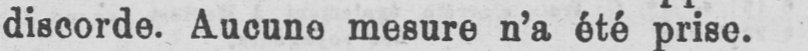
discorde. Aucune mesure n’a été prise.